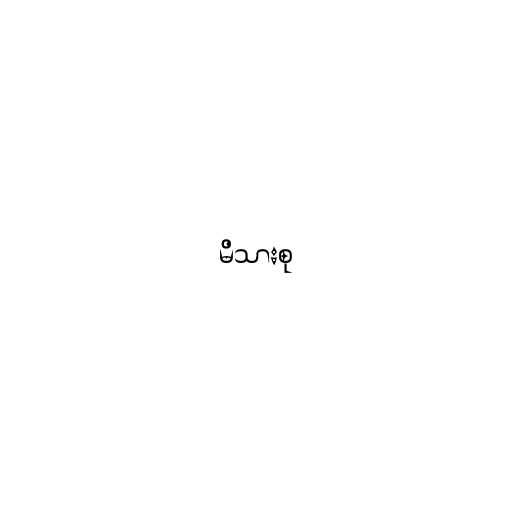
မိသားစု